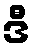
ဒီ